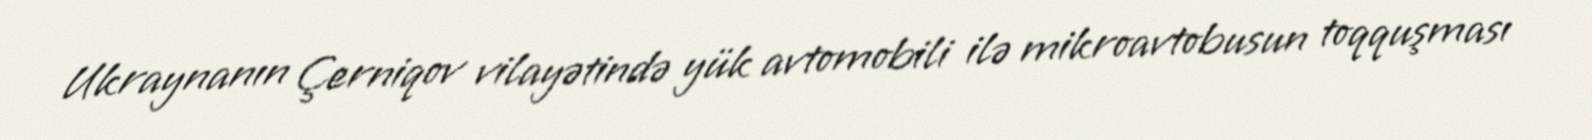
Ukraynanın Çerniqov vilayətində yük avtomobili ilə mikroavtobusun toqquşması